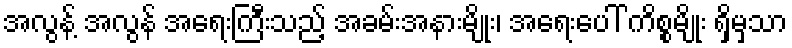
အလွန့် အလွန် အရေးကြီးသည့် အခမ်းအနားမျိုး၊ အရေးပေါ် ကိစ္စမျိုး ရှိမှသာ